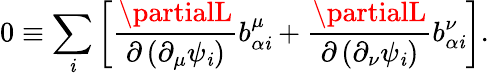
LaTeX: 0\equiv\sum_{\mathit{i}}\left[\frac{{\partialL}}{{\partial\left(\partial_{\mu}\psi_{\mathit{i}}\right)}}b_{\alpha\mathit{i}}^{\mu}+\frac{{\partialL}}{{\partial\left(\partial_{\nu}\psi_{\mathit{i}}\right)}}b_{\alpha\mathit{i}}^{\nu}\right].